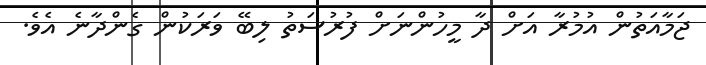
ޖަމާއަތުން އުމުރާ އަށް ދާ މީހުންނަށް ފުރުސަތު ލިބޭ ވަރަކުން ގެންދާނެ އެވެ.